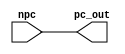
`timescale 1ns / 1ps
//////////////////////////////////////////////////////////////////////////////////
// Company: 
// Engineer: 
// 
// Design Name: 
// Module Name: pc_mod
// Project Name: 
// Target Devices: 
// Tool Versions: 
// Description: 
// 
// Dependencies: 
// 
// Revision:
// Revision 0.01 - File Created
// Additional Comments:
// 
//////////////////////////////////////////////////////////////////////////////////


module pc_mod(
 output reg [31:0] pc_out,   //Output of pc_module 
    input wire [31:0] npc       //Input of pc_module
    );
    initial begin
    pc_out <= 0;    //  Sets pc_out to zero to on first run 
end
always @ (npc)
begin
    #1 pc_out <= npc;   //Update value of PC to NPC
end

endmodule